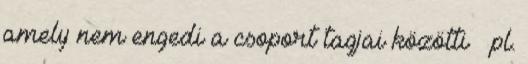
amely nem engedi a csoport tagjai közötti – pl.